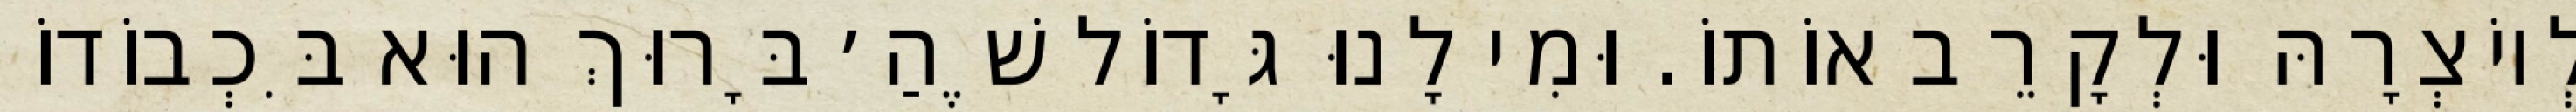
לְיוֹצְרָהּ וּלְקָרֵב אוֹתוֹ. וּמִי לָנוּ גָּדוֹל שֶׁהַ׳ בָּרוּךְ הוּא בִּכְבוֹדוֹ